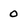
Character: 0